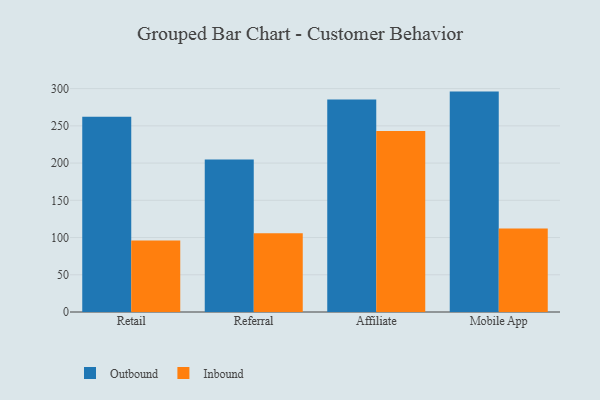
{"axis": {"x": "Channel", "y": "Demand Index"}, "legend": ["Inbound", "Outbound"], "data": [{"x": "Retail", "y": 262.2, "type": "Outbound"}, {"x": "Retail", "y": 96.1, "type": "Inbound"}, {"x": "Referral", "y": 204.7, "type": "Outbound"}, {"x": "Referral", "y": 105.7, "type": "Inbound"}, {"x": "Affiliate", "y": 285.3, "type": "Outbound"}, {"x": "Affiliate", "y": 243.1, "type": "Inbound"}, {"x": "Mobile App", "y": 296.0, "type": "Outbound"}, {"x": "Mobile App", "y": 112.3, "type": "Inbound"}]}